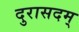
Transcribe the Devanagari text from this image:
दुरासदम्